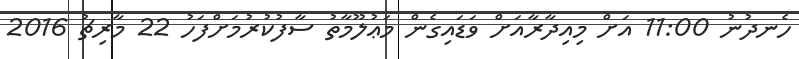
ހެނދުނު 11:00 އަށް މިއިދާރާއަށް ވަޑައިގެން މަޢުލޫމާތު ސާފުކުރުމަށްފަހު 22 މާރިޗު 2016